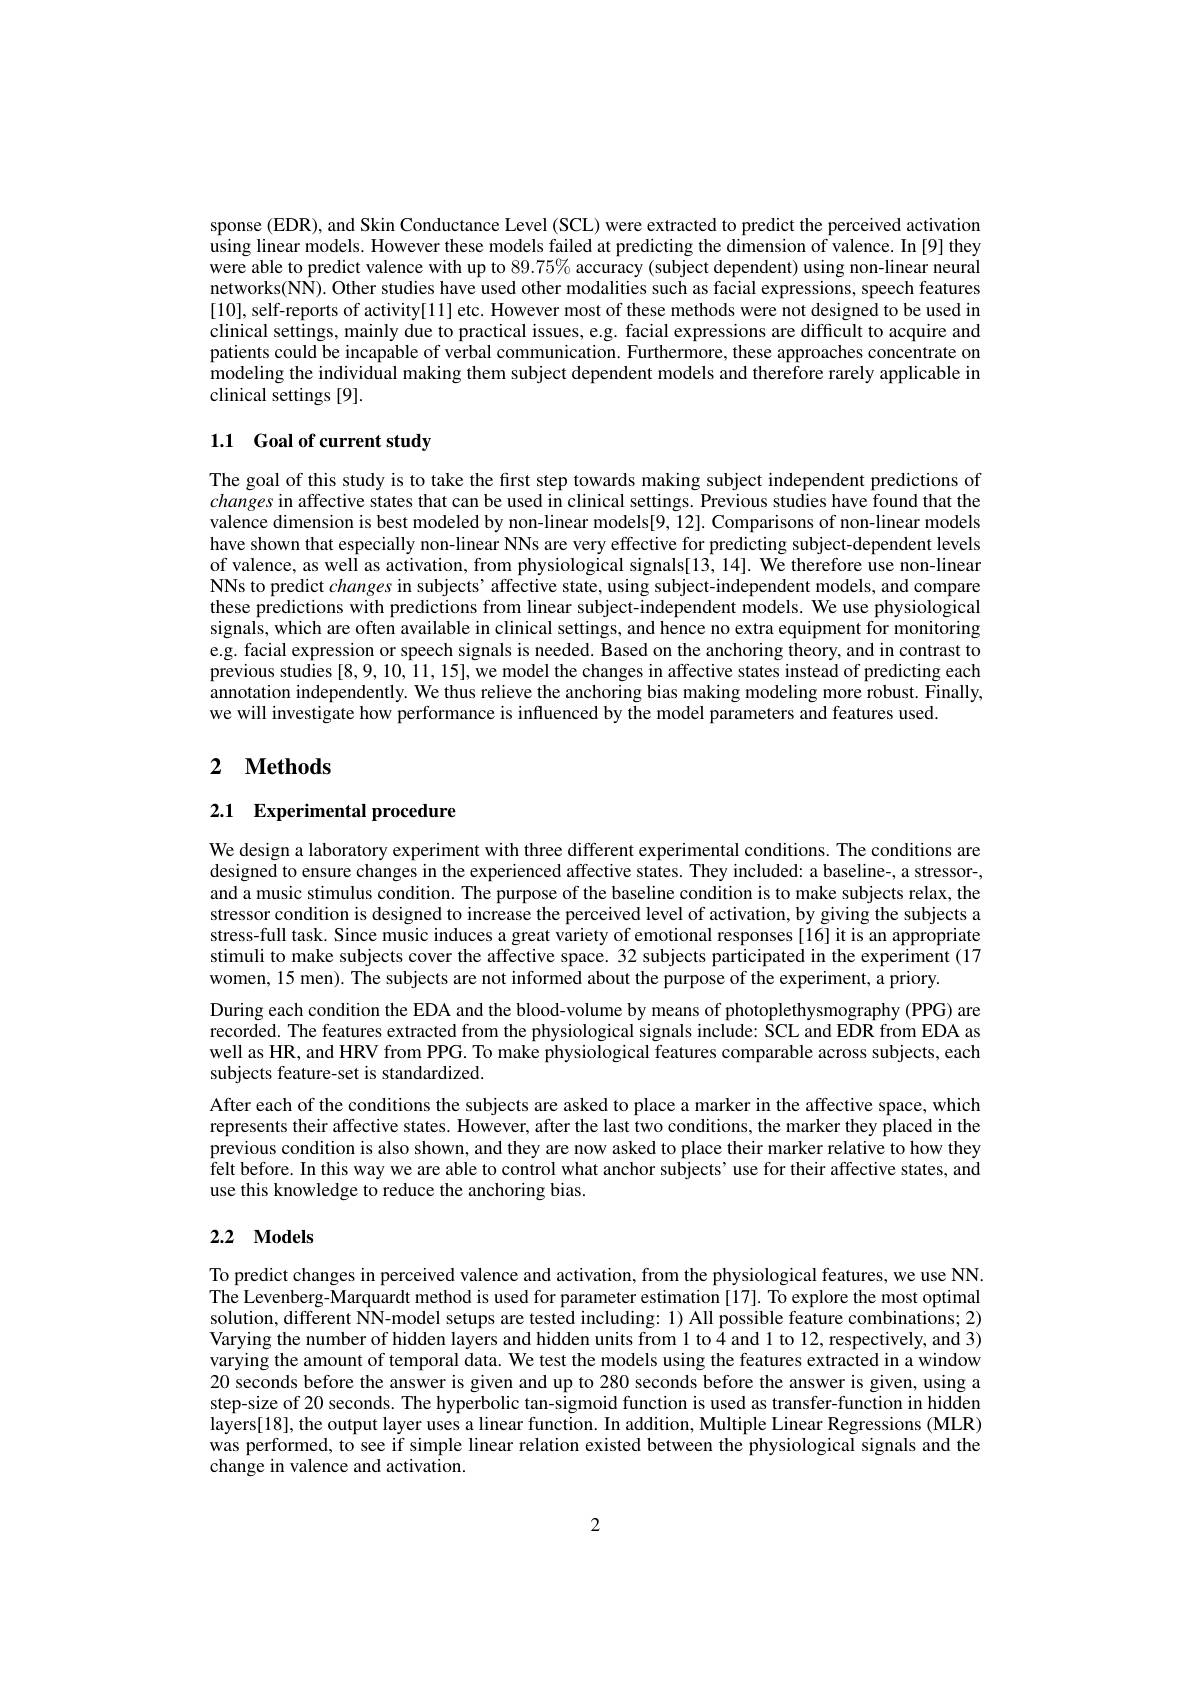
sponse (EDR), and Skin Conductance Level (SCL) were extracted to predict the perceived activation using linear models. However these models failed at predicting the dimension of valence. In [9] they were able to predict valence with up to $89.75\%$ accuracy (subject dependent) using non-linear neural networks(NÑ). Other studies have used other modalities such as facial expressions, speech features [10], self-reports of activity[11] etc. However most of these methods were not designed to be used in clinical settings, mainly due to practical issues, e.g. facial expressions are difficult to acquire and patients could be incapable of verbal communication. Furthermore, these approaches concentrate on modeling the individual making them subject dependent models and therefore rarely applicable in clinical settings [9].

## 1.1 Goal of current study

The goal of this study is to take the first step towards making subject independent predictions of changes in affective states that can be used in clinical settings. Previous studies have found that the valence dimension is best modeled by non-linear models[9, 12]. Comparisons of non-linear models have shown that especially non-linear NNs are very effective for predicting subject-dependent levels of valence, as well as activation, from physiological signals[13, 14]. We therefore use non-linear NNs to predict changes in subjects' affective state, using subject-independent models, and compare these predictions with predictions from linear subject-independent models. We use physiological signals, which are often available in clinical settings, and hence no extra equipment for monitoring e.g. facial expression or speech signals is needed. Based on the anchoring theory, and in contrast to previous studies [8,9,10,11,15],we model the changes in affective states instead of predicting each annotation independently. We thus relieve the anchoring bias making modeling more robust. Finally, we will investigate how performance is influenced by the model parameters and features used

## 2 $\textbf{Methods}$

## 2.1 Experimental procedure

We design a laboratory experiment with three different experimental conditions. The conditions are designed to ensure changes in the experienced affective states. They included: a baseline-, a stressor-, and a music stimulus condition. The purpose of the baseline condition is to make subjects relax, the stressor condition is designed to increase the perceived level of activation, by giving the subjects a stress-full task. Since music induces a great variety of emotional responses[16] it is an appropriate stimuli to make subjects cover the affective space. 32 subjects participated in the experiment (17 women, 15 men). The subjects are not informed about the purpose of the experiment, a priory.
During each condition the EDA and the blood-volume by means of photoplethysmography (PPG) are recorded. The features extracted from the physiological signals include: SCL and EDR from EDA as well as HR, and HRV from PPG. To make physiological features comparable across subjects, each subjects feature-set is standardized.
After each of the conditions the subjects are asked to place a marker in the affective space, which represents their affective states. However, after the last two conditions, the marker they placed in the previous condition is also shown, and they are now asked to place their marker relative to how they felt before. In this way we are able to control what anchor subjects' use for their affective states, and use this knowledge to reduce the anchoring bias.

## 2.2 Models

To predict changes in perceived valence and activation, from the physiological features, we use NN The Levenberg-Marquardt method is used for parameter estimation [17]. To explore the most optimal solution, different NN-model setups are tested including: 1) All possible feature combinations; 2) Varying the number of hidden layers and hidden units from 1 to 4 and 1 to 12, respectively, and 3) varying the amount of temporal data. We test the models using the features extracted in a window 20 seconds before the answer is given and up to 280 seconds before the answer is given, using a step-size of 20 seconds. The hyperbolic tan-sigmoid function is used as transfer-function in hidden layers[18], the output layer uses a linear function. In addition, Multiple Linear Regressions (MLR) was performed, to see if simple linear relation existed between the physiological signals and the change in valence and activation.

2